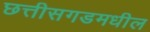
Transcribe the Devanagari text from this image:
छत्तीसगडमधील